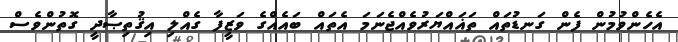
އެހެންވުމުން ފެން ގަނޑުތައް ތަޣައްޔަރުވެއްޖެނަމަ އެތައް ބައެއްގެ ވަޒީފާ ގެއްލި އިޤުތިޞާދީ ގޮތުންވެސް